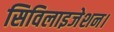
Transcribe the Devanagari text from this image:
सिविलाइजेशन।